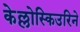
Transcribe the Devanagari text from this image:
केल्लोस्किउरिने